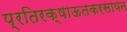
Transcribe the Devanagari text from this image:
प्रतिरक्षाऊतकरसायन